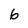
Character: 6